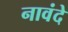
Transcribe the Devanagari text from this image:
नावंदे